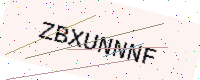
Text: ZBXUNNNF